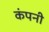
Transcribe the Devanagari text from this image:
कंपनी